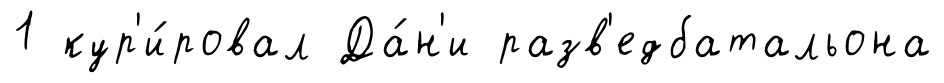
1 кур'и́ровал Да́н'и разв'едбатальона